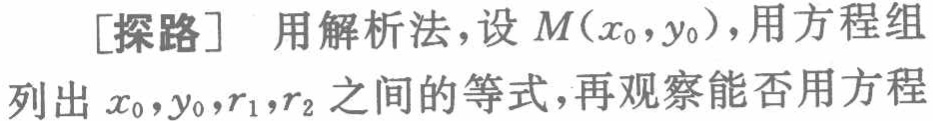
[探路] 用解析法，设 \(M(x_{0},y_{0})\)，用方程组列出 \(x_{0},y_{0},r_{1},r_{2}\) 之间的等式，再观察能否用方程